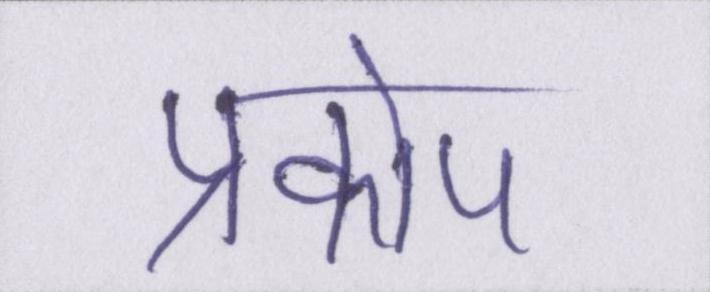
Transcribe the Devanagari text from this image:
प्रकोप